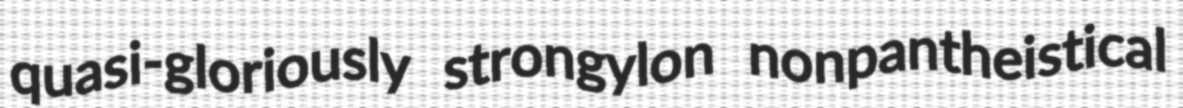
quasi-gloriously strongylon nonpantheistical